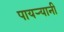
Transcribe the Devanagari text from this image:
पायर्‍यानी